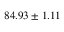
8 4 . 9 3 \pm 1 . 1 1